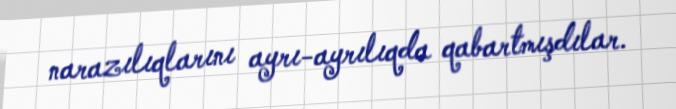
narazılıqlarını ayrı-ayrılıqda qabartmışdılar.